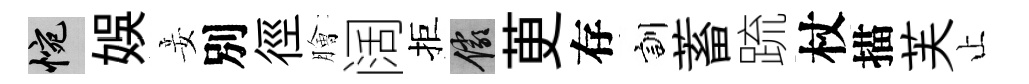
惋娱妾別徑膾阔拒儼茰存訓蓄䟽杖描芙止